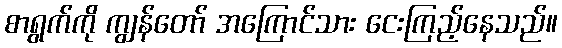
စာရွက်ကို ကျွန်တော် အကြောင်သား ငေးကြည့်နေသည်။